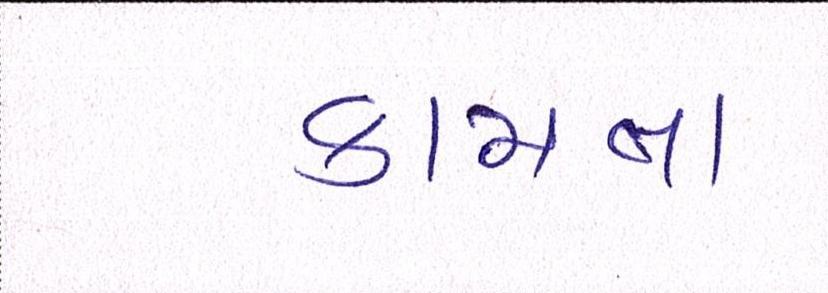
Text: કામના